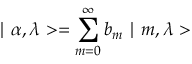
\mid \alpha , \lambda > = \sum _ { m = 0 } ^ { \infty } b _ { m } \mid m , \lambda >